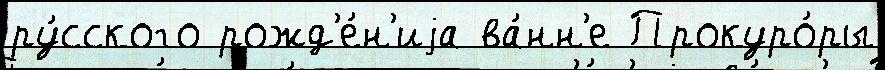
ру́сского рожд'е́н'иjа ва́нн'е Прокуро́ры